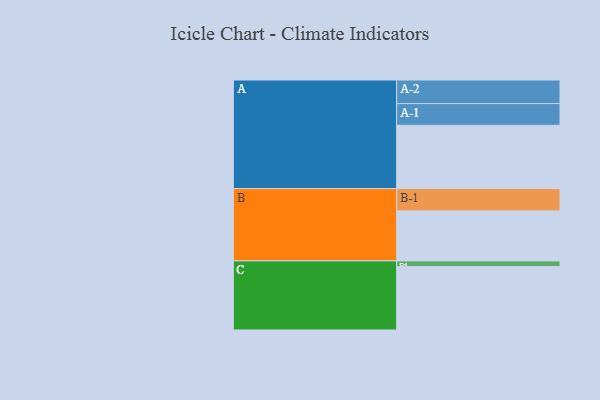
{"axis": {"x": "Segment", "y": "Value"}, "legend": ["", "A", "B", "C"], "data": [{"x": "A", "y": 598, "type": ""}, {"x": "B", "y": 472, "type": ""}, {"x": "C", "y": 599, "type": ""}, {"x": "A-1", "y": 205, "type": "A"}, {"x": "A-2", "y": 223, "type": "A"}, {"x": "B-1", "y": 211, "type": "B"}, {"x": "C-1", "y": 54, "type": "C"}]}